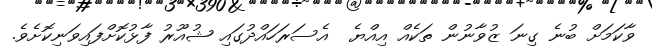
ވާކަމަށް ބުނެ ގިނަ ޒުވާނުން ތަކެއް އިއްޔެ  އެސަރަހައްދުގައި ޝުއޫރު ފާޅުކޮށްފައިވަނިކޮށެވެ.